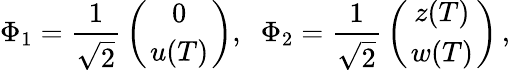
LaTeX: \Phi_{1}={\frac{1}{\sqrt{2}}}\left({{0\atop u(T)}}\right),\; \; \Phi_{2}={\frac{1}{\sqrt{2}}}\left({{z(T)\atop w(T)}}\right)\, ,